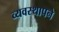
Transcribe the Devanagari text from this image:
व्यवस्थापने